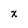
Character: x